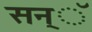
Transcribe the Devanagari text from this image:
सन्ॅ